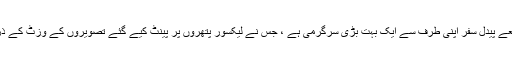
لیک سپیئر پراونشل پارک کے ذریعے پیدل سفر اپنی طرف سے ایک بہت بڑی سرگرمی ہے ، جس نے لیکسور پتھروں پر پینٹ کیے گئے تصویروں کے وزٹ کے ذریعہ اور بھی خاص بات بنائی ہے۔